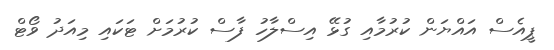
ޕީއެސް އައްޔަން ކުރުމާއި ގުޅޭ އިސްލާހު ފާސް ކުރުމަށް ޓަކައި މިއަދު ވޯޓް